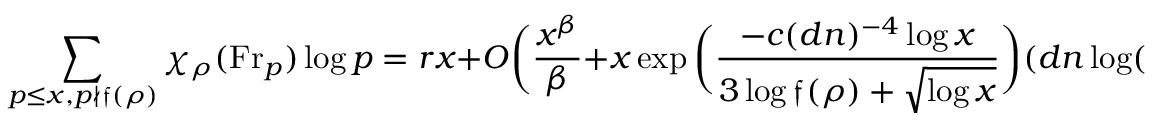
\sum _ { p \leq x , p \not \mid { \mathfrak { f } } ( \rho ) } \chi _ { \rho } ( { \mathrm { F r } } _ { p } ) \log p = r x + O { \biggl ( } { \frac { x ^ { \beta } } { \beta } } + x \exp { \biggl ( } { \frac { - c ( d n ) ^ { - 4 } \log x } { 3 \log { \mathfrak { f } } ( \rho ) + { \sqrt { \log x } } } } { \biggr ) } ( d n \log ( x { \mathfrak { f } } ( \rho ) ) { \biggr ) } ,